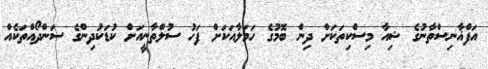
އަފްޣާނިސްތާނުގެ ޝިއާ މިސްކިތަކަށް ދިން ބޮމުގެ ހަމަލާއަކަށް ފަހު ސުލްތާނީއަށް ކުޑަކުދިންގެ ސަންދޯއްތަކެއް